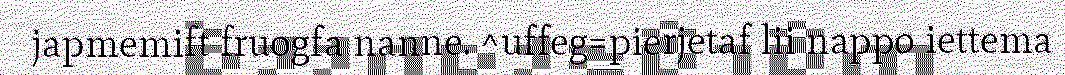
japmemift fruogfa nanne. ^uffeg=pierjetaf lii nappo iettema